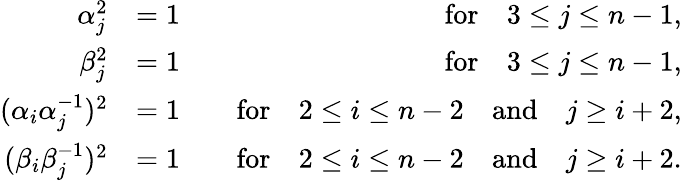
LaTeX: \begin{array}{rlr}{\alpha_{j}^{2}}&{=1}&{\quad\textrm{for}\quad 3\leq j\leq n-1,}\\ {\beta_{j}^{2}}&{=1}&{\quad\textrm{for}\quad 3\leq j\leq n-1,}\\ {(\alpha_{i}\alpha_{j}^{-1})^{2}}&{=1}&{\quad\textrm{for}\quad 2\leq i\leq n-2\quad\mathrm{and}\quad j\geq i+2,}\\ {(\beta_{i}\beta_{j}^{-1})^{2}}&{=1}&{\quad\textrm{for}\quad 2\leq i\leq n-2\quad\mathrm{and}\quad j\geq i+2.}\end{array}